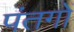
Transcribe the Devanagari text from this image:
पंतगों